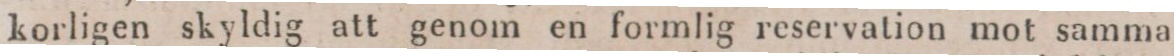
korligen skyldig att genom en formlig reservation mot samma